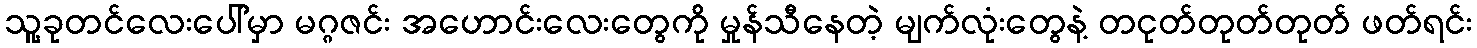
သူ့ခုတင်လေးပေါ်မှာ မဂ္ဂဇင်း အဟောင်းလေးတွေကို မှုန်သီနေတဲ့ မျက်လုံးတွေနဲ့ တငုတ်တုတ်တုတ် ဖတ်ရင်း